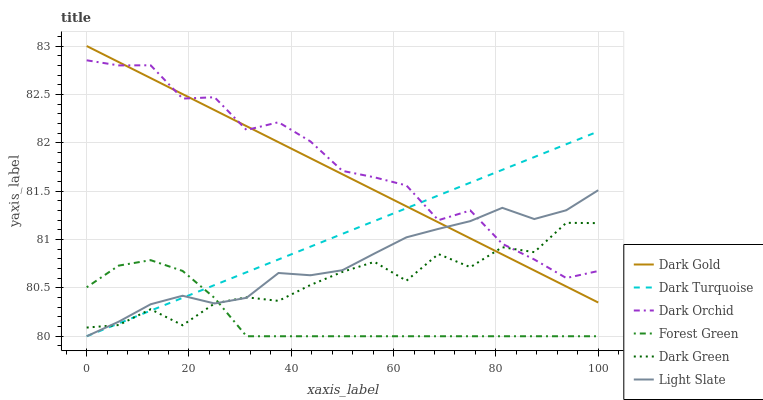
| xaxis_label | Dark Gold | Dark Turquoise | Dark Orchid | Forest Green | Dark Green | Light Slate |
 | --- | --- | --- | --- | --- | --- | --- |
 | 0 | 83 | 80 | 82.9 | 80.5 | 80.1 | 80 |
 | 6.25 | 82.8 | 80.1 | 82.8 | 80.7 | 80.1 | 80.2 |
 | 12.5 | 82.7 | 80.3 | 82.8 | 80.8 | 80.3 | 80.3 |
 | 18.8 | 82.5 | 80.4 | 82.5 | 80.7 | 80.1 | 80.4 |
 | 25 | 82.3 | 80.5 | 82.5 | 80.4 | 80.3 | 80.3 |
 | 31.2 | 82.2 | 80.7 | 82.1 | 80 | 80.4 | 80.4 |
 | 37.5 | 82 | 80.8 | 82.2 | 80 | 80.4 | 80.7 |
 | 43.8 | 81.8 | 80.9 | 82 | 80 | 80.5 | 80.6 |
 | 50 | 81.7 | 81.1 | 81.7 | 80 | 80.7 | 80.7 |
 | 56.2 | 81.5 | 81.2 | 81.6 | 80 | 80.8 | 80.9 |
 | 62.5 | 81.3 | 81.3 | 81.6 | 80 | 80.6 | 81 |
 | 68.8 | 81.2 | 81.5 | 81.2 | 80 | 80.8 | 81.1 |
 | 75 | 81 | 81.6 | 81.3 | 80 | 80.7 | 81.2 |
 | 81.2 | 80.8 | 81.7 | 81 | 80 | 80.9 | 81.3 |
 | 87.5 | 80.7 | 81.9 | 80.8 | 80 | 80.9 | 81.2 |
 | 93.8 | 80.5 | 82 | 80.6 | 80 | 81.2 | 81.3 |
 | 100 | 80.3 | 82.1 | 80.7 | 80 | 81.2 | 81.5 |